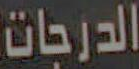
الدرجات